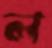
ল